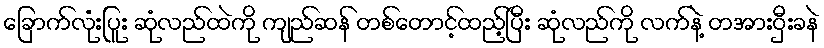
ခြောက်လုံးပြူး ဆုံလည်ထဲကို ကျည်ဆန် တစ်တောင့်ထည့်ပြီး ဆုံလည်ကို လက်နဲ့ တအားဝှီးခနဲ